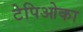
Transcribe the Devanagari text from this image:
टेपिओका